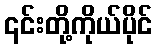
၎င်းတို့ကိုယ်ပိုင်